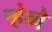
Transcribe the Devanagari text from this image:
र्‍हेव्वे